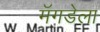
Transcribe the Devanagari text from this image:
मॅगडेला